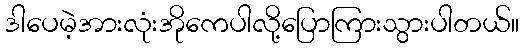
ဒါပေမဲ့အားလုံးအိုကေပါလို့ပြောကြားသွားပါတယ်။